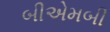
બીએમબી